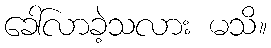
ခေါ်လာခဲ့သလား မသိ။